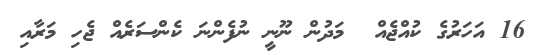
16 އަހަރުގެ ކުއްޖެއް  މަދުން ނޫނީ ނުފެންނަ ކެންސަރެއް ޖެހި މަރާއި